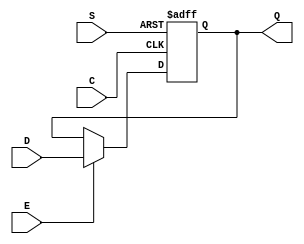
module SB_DFFES (output Q, input C, E, S, D);
	reg Q = 0;
	always @(posedge C, posedge S)
		if (S)
			Q <= 1;
		else if (E)
			Q <= D;
endmodule